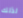
لذلك